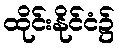
ထိုင်းနိုင်ငံ၌